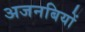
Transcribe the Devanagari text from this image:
अजनबियों